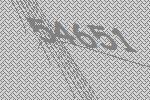
54651